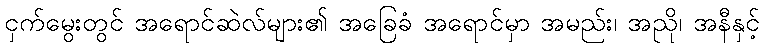
ငှက်မွေးတွင် အရောင်ဆဲလ်များ၏ အခြေခံ အရောင်မှာ အမည်း၊ အညို၊ အနီနှင့်